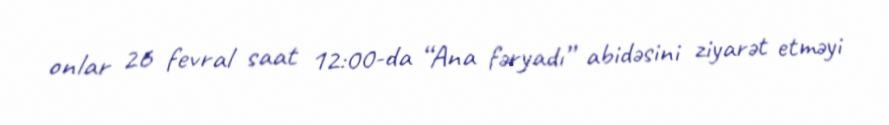
onlar 26 fevral saat 12:00-da “Ana fəryadı” abidəsini ziyarət etməyi